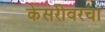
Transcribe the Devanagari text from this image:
केसरीवरचा